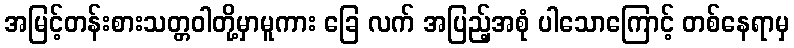
အမြင့်တန်းစားသတ္တဝါတို့မှာမူကား ခြေ လက် အပြည့်အစုံ ပါသောကြောင့် တစ်နေရာမှ